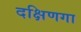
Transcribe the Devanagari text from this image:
दक्षिणगा